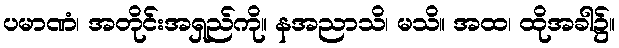
ပမာဏံ၊ အတိုင်းအရှည်ကို။ နအညာသိ၊ မသိ။ အထ၊ ထိုအခါ၌။